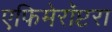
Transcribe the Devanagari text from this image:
एफिमेरॉप्टरा